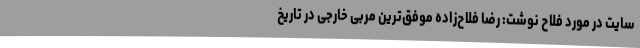
سایت در مورد فلاح نوشت: رضا فلاح‌زاده موفق‌ترین مربی خارجی در تاریخ